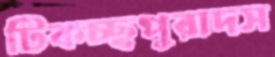
টিকচ্ছপুরাদস